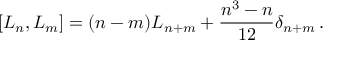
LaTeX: [ L _ { n } , L _ { m } ] = ( n - m ) L _ { n + m } + \frac { n ^ { 3 } - n } { 1 2 } \delta _ { n + m } \, .